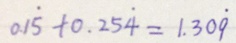
0 1 \dot { 5 } + 0 . 2 5 \dot { 4 } = 1 . 3 0 \dot { 9 }